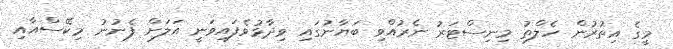
މީގެ އިތުރުން ހެލްތު މިނިސްޓަރު ނެރުއްވި ބަޔާނުގައި ވިދާޅުވެފައިވަނީ އަލަށް ފެނުނު މިކޭސްއާއި